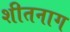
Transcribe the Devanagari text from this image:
शीतनाग